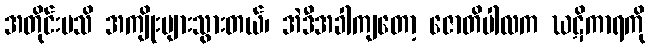
အတိုင်းမသိ အကျိုးများသွားတယ်၊ အဲဒီအခါကျတော့ ဇောတိပါလက ဃဋိကာရကို